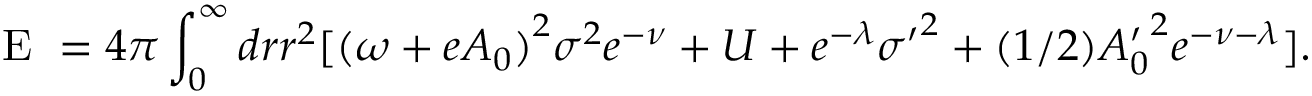
\textrm { E } = 4 \pi \int _ { 0 } ^ { \infty } d r r ^ { 2 } [ { ( \omega + e A _ { 0 } ) } ^ { 2 } { \sigma } ^ { 2 } e ^ { - \nu } + U + e ^ { - \lambda } { \sigma ^ { \prime } } ^ { 2 } + ( 1 / 2 ) { A _ { 0 } ^ { \prime } } ^ { 2 } e ^ { - \nu - \lambda } ] .